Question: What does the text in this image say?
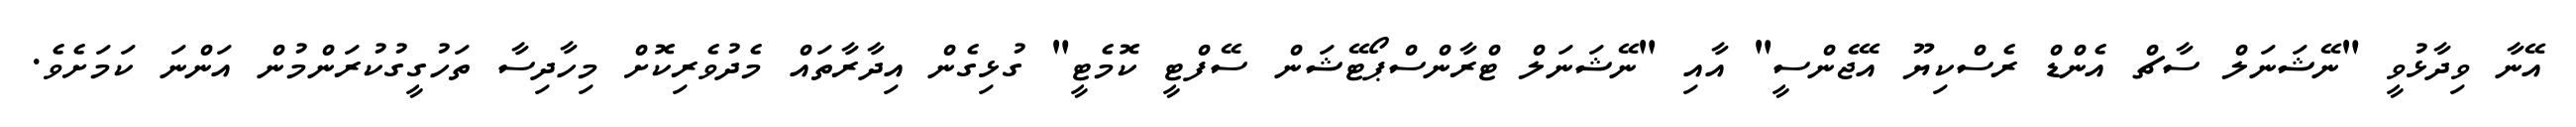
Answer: އޭނާ ވިދާޅުވީ "ނޭޝަނަލް ސާޗް އެންޑް ރެސްކިޔޫ އޭޖެންސީ" އާއި "ނޭޝަނަލް ޓްރާންސްޕޯޓޭޝަން ސޭފްޓީ ކޮމެޓީ" ގުޅިގެން އިދާރާތައް މެދުވެރިކޮށް މިހާދިސާ ތަހުގީގުކުރަންމުން އަންނަ ކަމަށެވެ.